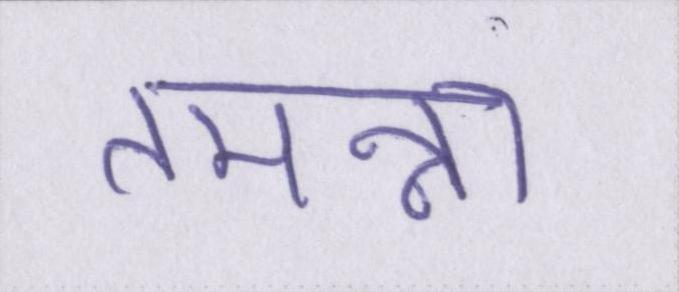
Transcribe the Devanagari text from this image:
तमन्ना